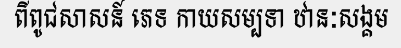
ពីពូជសាសន៍ ភេទ កាយសម្បទា ឋានៈសង្គម